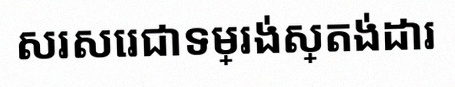
សរសេរជាទម្រង់ស្តង់ដារ